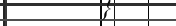
١٧